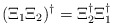
\begin{align*}(\Xi_1 \Xi_2)^\dagger = \Xi_2^\dagger \Xi_1^\dagger\end{align*}